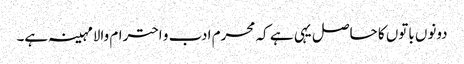
دونوں باتوں کا حاصل یہی ہے کہ محرم ادب و احترام والامہینہ ہے۔